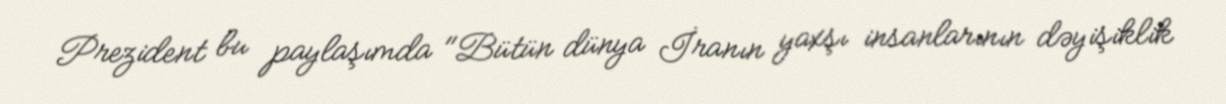
Prezident bu paylaşımda "Bütün dünya İranın yaxşı insanlarının dəyişiklik